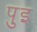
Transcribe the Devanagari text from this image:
पुइ